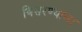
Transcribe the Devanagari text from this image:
विसरण्याला